Source: Handwritten
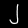
Digit: ၂ (2)